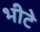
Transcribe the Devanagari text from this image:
भीटे